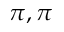
\pi , \pi